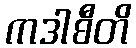
ကဒါစီတိ